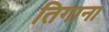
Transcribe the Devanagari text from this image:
तिगाना